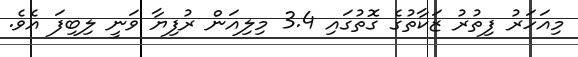
މިއަހަރު ފިތުރު ޒަކާތުގެ ގޮތުގައި 3.4 މިލިއަން ރުފިޔާ ވަނީ ލިބިފަ އެވެ.